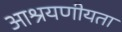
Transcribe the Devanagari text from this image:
आश्रयणीयता